Civil Veterinary Dept. Bombay admin report 1907-1913 - 1907-1913
Year: 1907
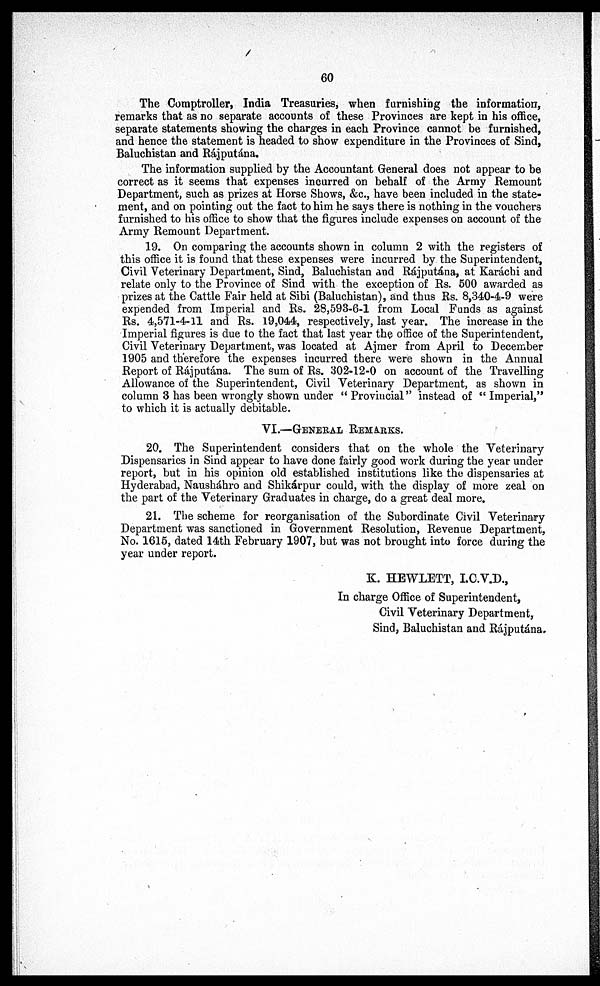
60
The Comptroller, India Treasuries, when furnishing the information,
remarks that as no separate accounts of these Provinces are kept in his office,
separate statements showing the charges in each Province cannot be furnished,
and hence the statement is headed to show expenditure in the Provinces of Sind,
Baluchistan and Rájputána.
The information supplied by the Accountant General does not appear to be
correct as it seems that expenses incurred on behalf of the Army Remount
Department, such as prizes at Horse Shows, &c., have been included in the state-
ment, and on pointing out the fact to him he says there is nothing in the vouchers
furnished to his office to show that the figures include expenses on account of the
Army Remount Department.
19. On comparing the accounts shown in column 2 with the registers of
this office it is found that these expenses were incurred by the Superintendent,
Civil Veterinary Department, Sind, Baluchistan and Rájputána, at Karáchi and
relate only to the Province of Sind with the exception of Rs. 500 awarded as
prizes at the Cattle Fair held at Sibi (Baluchistan), and thus Rs. 8,340-4-9 were
expended from Imperial and Rs. 28,593-6-1 from Local Funds as against
Rs. 4,571-4-11 and Rs. 19,044, respectively, last year. The increase in the
Imperial figures is due to the fact that last year the office of the Superintendent,
Civil Veterinary Department, was located at Ajmer from April to December
1905 and therefore the expenses incurred there were shown in the Annual
Report of Rájputána. The sum of Rs. 302-12-0 on account of the Travelling
Allowance of the Superintendent, Civil Veterinary Department, as shown in
column 3 has been wrongly shown under " Provincial" instead of " Imperial,"
to which it is actually debitable.
VI.—GENERAL REMARKS.
20. The Superintendent considers that on the whole the Veterinary
Dispensaries in Sind appear to have done fairly good work during the year under
report, but in his opinion old established institutions like the dispensaries at
Hyderabad, Nausháhro and Shikárpur could, with the display of more zeal on
the part of the Veterinary Graduates in charge, do a great deal more.
21. The scheme for reorganisation of the Subordinate Civil Veterinary
Department was sanctioned in Government Resolution, Revenue Department,
No. 1615, dated 14th February 1907, but was not brought into force during the
year under report.
K. HEWLETT, I.C.V.D.,
In charge Office of Superintendent,
Civil Veterinary Department,
Sind, Baluchistan and Rájputána.